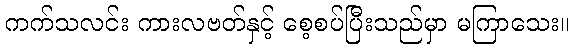
ကက်သလင်း ကားလဗတ်နှင့် စေ့စပ်ပြီးသည်မှာ မကြာသေး။